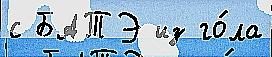
с БАТЭ из го́ла